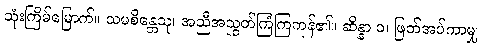
သုံးကြိမ်မြောက်။ သမစိန္တေသု၊ အညီအညွတ်ကြံကြကုန်၏။ ဆိန္နာ ဝ၊ ဖြတ်အပ်ကာမျှ